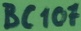
Text: BC107